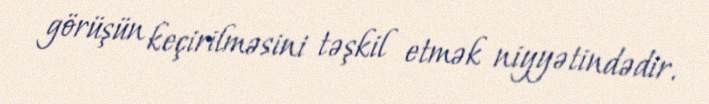
görüşün keçirilməsini təşkil etmək niyyətindədir.